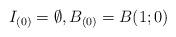
LaTeX: \begin{align*}I_{(0)} = \emptyset, B_{(0)} = B(1; 0)\end{align*}